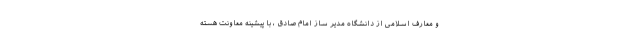
و معارف اسلامی از دانشگاه مدیر ساز امام صادق ، با پیشینه معاونت هسته